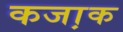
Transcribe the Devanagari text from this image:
कजा़क